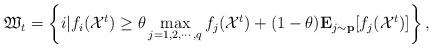
LaTeX: \begin{align*}\mathfrak{W}_{t}=\left\{i|f_{i}(\mathcal{X}^{t})\geq\theta\mathop{\max}_{j=1,2,\cdots,q}f_{j}(\mathcal{X}^{t})+(1-\theta)\mathbf{E}_{j\sim \mathbf{p}}[f_{j}(\mathcal{X}^{t})]\right\},\end{align*}